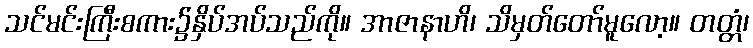
သင်မင်းကြီးစကား၌နှိပ်အပ်သည်ကို။ အာဇာနာဟိ၊ သိမှတ်တော်မူလော့။ တတ္တံ၊